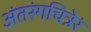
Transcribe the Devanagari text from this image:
अंतरंगचित्रेरं